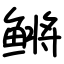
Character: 鳉